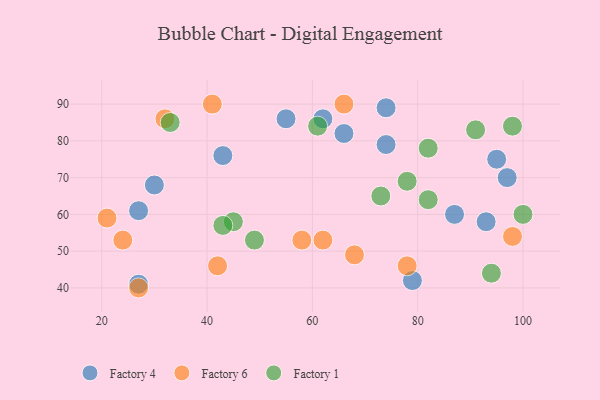
{"axis": {"x": "GDP", "y": "Life Expectancy"}, "legend": ["Factory 1", "Factory 4", "Factory 6"], "data": [{"x": "62", "y": 86, "type": "Factory 4"}, {"x": "97", "y": 70, "type": "Factory 4"}, {"x": "30", "y": 68, "type": "Factory 4"}, {"x": "55", "y": 86, "type": "Factory 4"}, {"x": "43", "y": 76, "type": "Factory 4"}, {"x": "93", "y": 58, "type": "Factory 4"}, {"x": "87", "y": 60, "type": "Factory 4"}, {"x": "66", "y": 82, "type": "Factory 4"}, {"x": "27", "y": 61, "type": "Factory 4"}, {"x": "74", "y": 89, "type": "Factory 4"}, {"x": "27", "y": 41, "type": "Factory 4"}, {"x": "95", "y": 75, "type": "Factory 4"}, {"x": "79", "y": 42, "type": "Factory 4"}, {"x": "74", "y": 79, "type": "Factory 4"}, {"x": "24", "y": 53, "type": "Factory 6"}, {"x": "32", "y": 86, "type": "Factory 6"}, {"x": "27", "y": 40, "type": "Factory 6"}, {"x": "66", "y": 90, "type": "Factory 6"}, {"x": "21", "y": 59, "type": "Factory 6"}, {"x": "62", "y": 53, "type": "Factory 6"}, {"x": "58", "y": 53, "type": "Factory 6"}, {"x": "68", "y": 49, "type": "Factory 6"}, {"x": "98", "y": 54, "type": "Factory 6"}, {"x": "42", "y": 46, "type": "Factory 6"}, {"x": "41", "y": 90, "type": "Factory 6"}, {"x": "78", "y": 46, "type": "Factory 6"}, {"x": "82", "y": 78, "type": "Factory 1"}, {"x": "45", "y": 58, "type": "Factory 1"}, {"x": "82", "y": 64, "type": "Factory 1"}, {"x": "94", "y": 44, "type": "Factory 1"}, {"x": "100", "y": 60, "type": "Factory 1"}, {"x": "49", "y": 53, "type": "Factory 1"}, {"x": "73", "y": 65, "type": "Factory 1"}, {"x": "78", "y": 69, "type": "Factory 1"}, {"x": "91", "y": 83, "type": "Factory 1"}, {"x": "98", "y": 84, "type": "Factory 1"}, {"x": "61", "y": 84, "type": "Factory 1"}, {"x": "33", "y": 85, "type": "Factory 1"}, {"x": "43", "y": 57, "type": "Factory 1"}]}